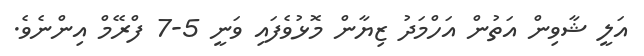
އަލީ ޝާވިން އަތުން އަހްމަދު ޒިޔާން މޮޅުވެފައި ވަނީ 5-7 ފްރޭމް އިންނެވެ.